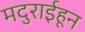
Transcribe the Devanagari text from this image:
मदुराईहून